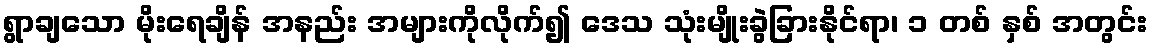
ရွာချသော မိုးရေချိန် အနည်း အများကိုလိုက်၍ ဒေသ သုံးမျိုးခွဲခြားနိုင်ရာ၊ ၁ တစ် နှစ် အတွင်း